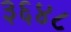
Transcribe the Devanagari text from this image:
३६४८